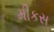
મીકસ